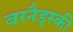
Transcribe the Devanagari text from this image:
वरनैड्स्की